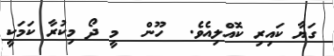
ގަޔާ ކައިރި ކޮއްލިއެވެ.  ހޫން  މީ ދޯ މިކުރާ ކަމަކީ